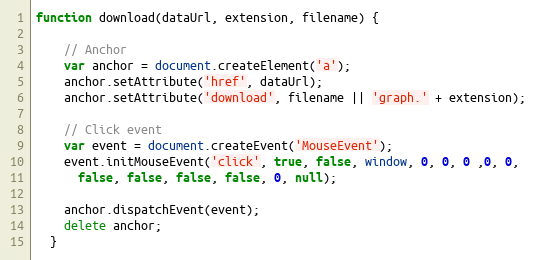
Language: JavaScript
function download(dataUrl, extension, filename) {

    // Anchor
    var anchor = document.createElement('a');
    anchor.setAttribute('href', dataUrl);
    anchor.setAttribute('download', filename || 'graph.' + extension);

    // Click event
    var event = document.createEvent('MouseEvent');
    event.initMouseEvent('click', true, false, window, 0, 0, 0 ,0, 0,
      false, false, false, false, 0, null);

    anchor.dispatchEvent(event);
    delete anchor;
  }